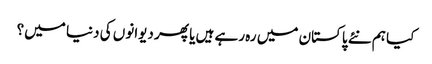
کیا ہم نئے پاکستان میں رہ رہے ہیں یا پھر دیوانوں کی دنیا میں؟